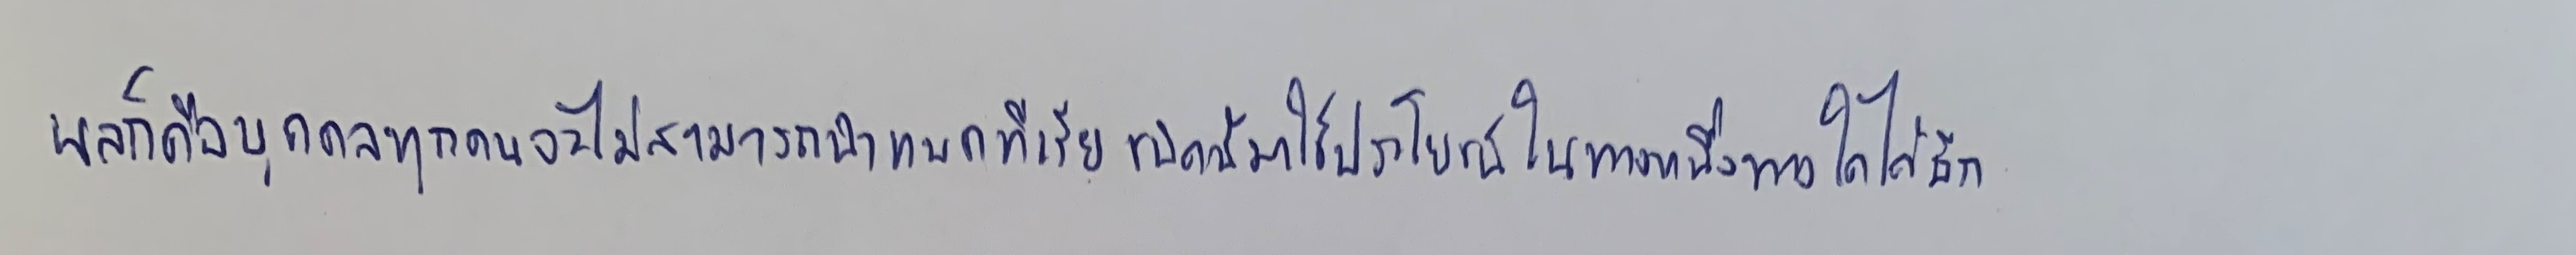
ผลก็คือบุคคลทุกคนจะไม่สามารถนำแบคทีเรียชนิดนี้มาใช้ประโยชน์ในทางหนึ่งทางใดได้อีก